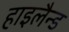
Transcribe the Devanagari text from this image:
हाइलैन्ड